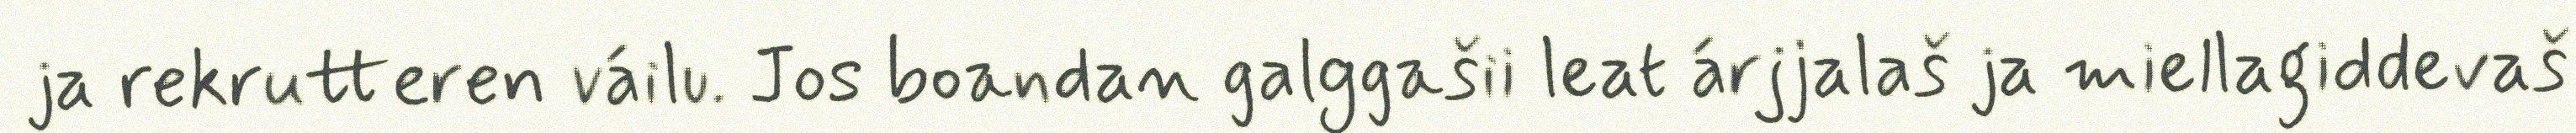
ja rekrutteren váilu. Jos boandan galggašii leat árjjalaš ja miellagiddevaš